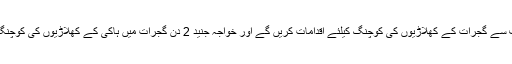
اور ہم ہاکی فیڈریشن کی طرف سے گجرات کے کھلاڑیوں کی کوچنگ کیلئے اقدامات کریں گے اور خواجہ جنید 2 دن گجرات میں ہاکی کے کھلاڑیوں کی کوچنگ کیلئے گجرات آیا کریں گے۔